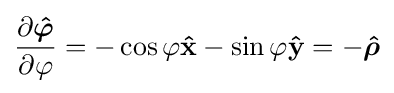
{\frac {\partial {\boldsymbol {\hat {\varphi }}}}{\partial \varphi }}=-\cos \varphi \mathbf {\hat {x}} -\sin \varphi \mathbf {\hat {y}} =-{\boldsymbol {\hat {\rho }}}